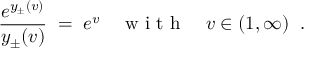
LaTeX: \frac { e ^ { y _ { \pm } ( v ) } } { y _ { \pm } ( v ) } \; = \; e ^ { v } \quad \textrm { w i t h } \quad v \in ( 1 , \infty ) \; \; .